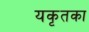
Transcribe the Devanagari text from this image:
यकृतका